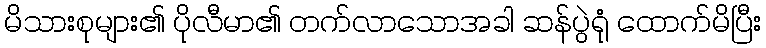
မိသားစုများ၏ ပိုလီမာ၏ တက်လာသောအခါ ဆန်ပွဲရုံ ထောက်မိပြီး